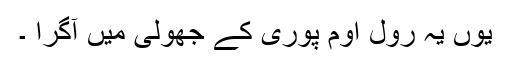
یوں یہ رول اوم پوری کے جھولی میں آگرا ۔